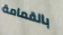
بالقمامة